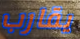
يقارب